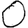
Digit: 0